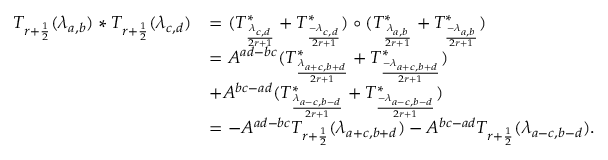
\begin{array} { r l } { T _ { r + \frac { 1 } { 2 } } ( \lambda _ { a , b } ) \ast T _ { r + \frac { 1 } { 2 } } ( \lambda _ { c , d } ) } & { = ( T _ { \frac { \lambda _ { c , d } } { 2 r + 1 } } ^ { * } + T _ { \frac { - \lambda _ { c , d } } { 2 r + 1 } } ^ { * } ) \circ ( T _ { \frac { \lambda _ { a , b } } { 2 r + 1 } } ^ { * } + T _ { \frac { - \lambda _ { a , b } } { 2 r + 1 } } ^ { * } ) } \\ & { = A ^ { a d - b c } ( T _ { \frac { \lambda _ { a + c , b + d } } { 2 r + 1 } } ^ { * } + T _ { \frac { - \lambda _ { a + c , b + d } } { 2 r + 1 } } ^ { * } ) } \\ & { + A ^ { b c - a d } ( T _ { \frac { \lambda _ { a - c , b - d } } { 2 r + 1 } } ^ { * } + T _ { \frac { - \lambda _ { a - c , b - d } } { 2 r + 1 } } ^ { * } ) } \\ & { = - A ^ { a d - b c } T _ { r + \frac { 1 } { 2 } } ( \lambda _ { a + c , b + d } ) - A ^ { b c - a d } T _ { r + \frac { 1 } { 2 } } ( \lambda _ { a - c , b - d } ) . } \end{array}